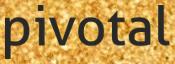
pivotal